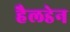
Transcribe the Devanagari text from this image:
हैलडेन